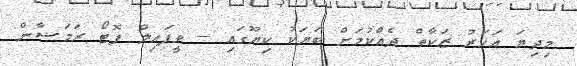
މިދިޔަ އަހަރު ޒަކާތް ދެއްކުމަށް ބަޔަކު ކިޔޫގައި -- ވީފައިލް ފޮޓޯ ރަމަޟާން